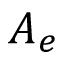
A _ { e }